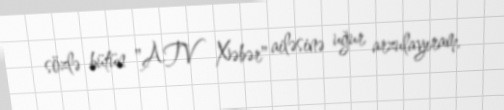
sözlə bütün "ATV Xəbər" ailəsinə uğur arzulayıram.